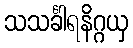
သသင်္ခါရနိဂ္ဂယှ